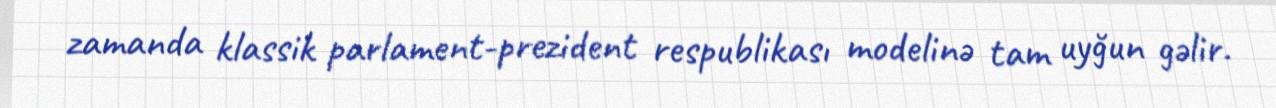
zamanda klassik parlament-prezident respublikası modelinə tam uyğun gəlir.